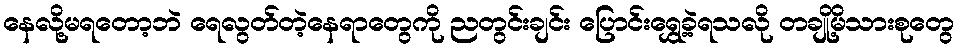
နေလို့မရတော့ဘဲ ရေလွတ်တဲ့နေရာတွေကို ညတွင်းချင်း ပြောင်းရွှေ့ခဲ့ရသလို တချို့မိသားစုတွေ